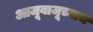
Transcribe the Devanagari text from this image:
आजूबाजूच्याच